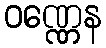
ဝဏ္ဏေန